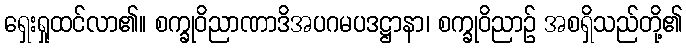
ရှေးရှုထင်လာ၏။ စက္ခုဝိညာဏာဒိအပဂမပဒဋ္ဌာနာ၊ စက္ခုဝိညာဉ် အစရှိသည်တို့၏